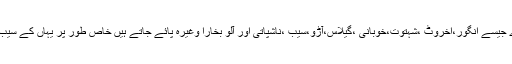
کچورا ویلی میں درجنوں قسم کے میو ے جیسے انگور،اخروٹ ،شہتوت،خوبانی ،گیلاس،آڑو،سیب ،ناشپاتی اور آلو بخارا وغیرہ پائے جاتے ہیں خاص طور پر یہاں کے سیب مشہور ترین میووں میں شمار ہوتا ہے۔